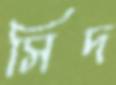
সিদ